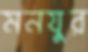
মনযুর